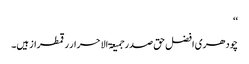
‘‘
چودھری افضل حق صدر جمیعۃ الاحرار رقمطراز ہیں۔